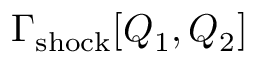
\Gamma _ { \mathrm { s h o c k } } [ Q _ { 1 } , Q _ { 2 } ]